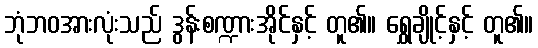
ဘုံဘဝအားလုံးသည် ဒွန်းစဏ္ဍားအိုင်နှင့် တူ၏။ ရွှေချိုင့်နှင့် တူ၏။